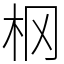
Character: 㭎